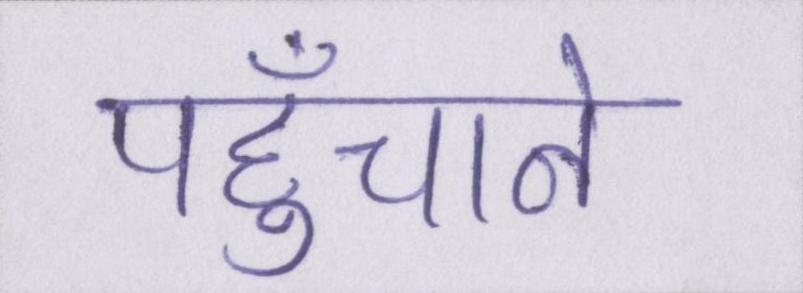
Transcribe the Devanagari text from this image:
पहुँचाने